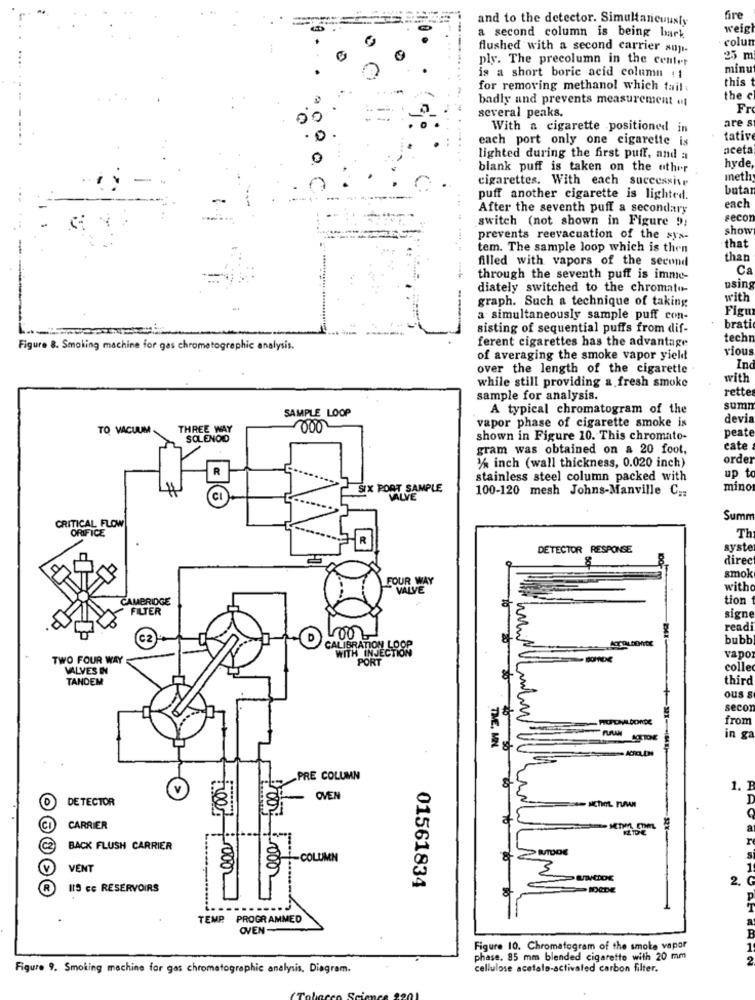
and to the detector. Simultaneously
fire
weigi
a second column is being bark
colun
flushed with a second carrier sup-
ply. The precolumn in the center
25 m
minu
is a short boric acid column (1
this
for removing methanol which tail :
badly and prevents measurement «
the c
Fr
several peaks.
are s
With a cigarette positioned in
each port only one cigarette is
tative
aceta
lighted during the first puff, and a
hyde
blank puff is taken on the other
cigarettes. With each successive
Ineth
buta
puff another cigarette is lighted.
each
. ..
After the seventh puff a secondary
switch (not shown in Figure 9;
seco
show
prevents reevacuation of the sys-
that
tem. The sample loop which is then
filled with vapors of the second
than
Ca
---
through the seventh puff is imme-
diately switched to the chromato-
using
graph. Such a technique of taking
with
Figu
--
a simultaneously sample puff con-
sisting of sequential puffs from dif-
brati
ferent cigarettes has the advantage
techt
Figure 8. Smoking machine for gas chromatographic analysis.
vious
of averaging the smoke vapor yield
over the length of the cigarette
Ind
with
while still providing a fresh smoke
rette
sample for analysis.
A typical chromatogram of the
sum
SAMPLE LOOP
devia
TO VACUUM
THREE WAY
000
vapor phase of cigarette smoke is
peate
SOLENOID
shown in Figure 10. This chromato-
gram was obtained on a 20 foot.
cate
order
R
1% inch (wall thickness, 0.020 inch)
up t
stainless steel column packed with
SIX PORT SAMPLE
100-120 mesh Johns-Manville C ..
mino
VALVE
Summ
CRITICAL FLOW
ORIFICE
Th
DETECTOR RESPONSE
syste
direc
smok
FOUR WAY
100 m
VALVE
with
CAMBRIDGE
tior
FILTER
signe
read
C2
Loo
bubb
CALIBRATION LOOP
WITH INJECTION
TWO FOUR WAY
PORT
vapo
VALVES IN
colle
TANDEM
third
ous 8
seco
from
in g
THE , MEN
30
02
PRE COLUMN
V
1. B
DETECTOR
OVEN
CI
CARRIER
C2
BACK FLUSH CARRIER
VENT
2
2.
113 cc RESERVOIRS
01561834
TEMP PROGRAMMED
OVEN
Figure 10. Chromatogram of the smoke vapor
phase. 85 mm blended cigarette with 20 mm
Figure 9. Smoking machine for gas chromatographie analysis, Diagram.
cellulose acetato-activated carbon filter.